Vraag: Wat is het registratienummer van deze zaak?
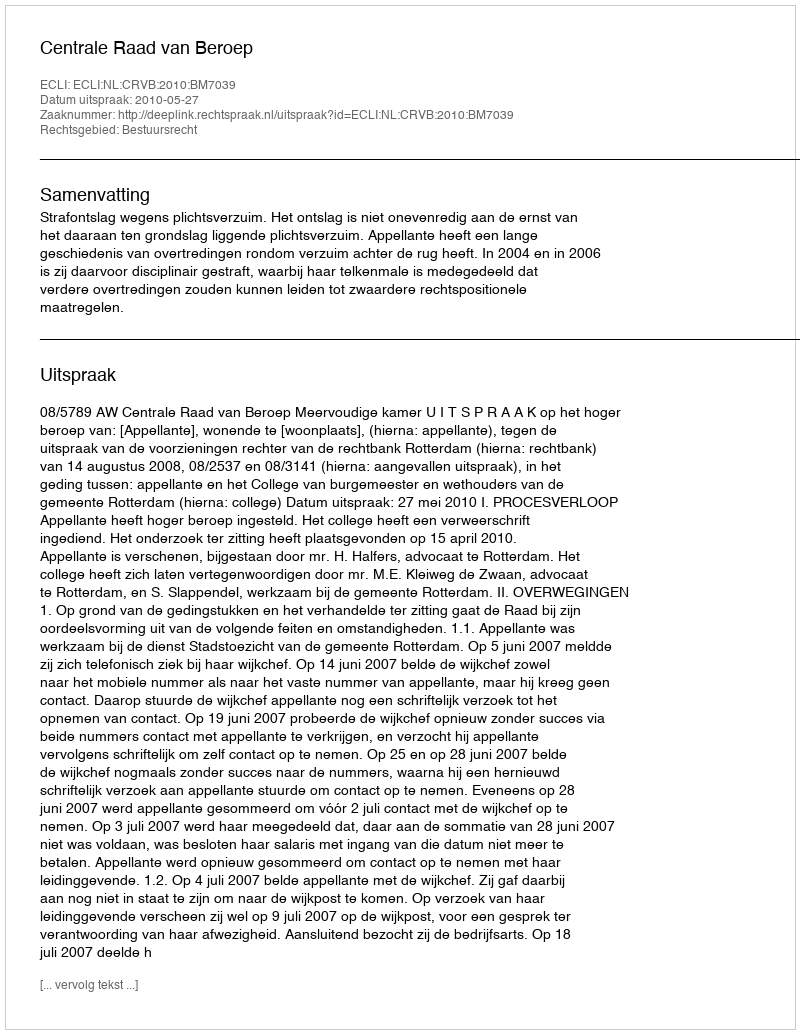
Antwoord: http://deeplink.rechtspraak.nl/uitspraak?id=ECLI:NL:CRVB:2010:BM7039